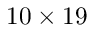
1 0 \times 1 9